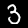
Label: 3